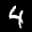
Label: 4